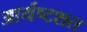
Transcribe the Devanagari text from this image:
आर्यष्टशत